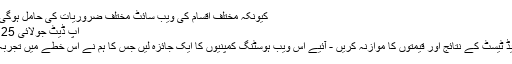
کیونکہ مختلف اقسام کی ویب سائٹ مختلف ضروریات کی حامل ہوگی. ایس ...
اپ ڈیٹ جولائی 25، 2019
پہلے اسپیڈ ٹیسٹ کے نتائج اور قیمتوں کا موازنہ کریں - آئیے اس ویب ہوسٹنگ کمپنیوں کا ایک جائزہ لیں جس کا ہم نے اس خطے میں تجربہ کیا ہے۔